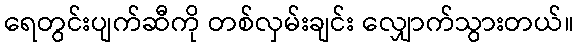
ရေတွင်းပျက်ဆီကို တစ်လှမ်းချင်း လျှောက်သွားတယ်။